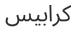
كرابيس